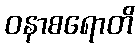
ဝနာစရောတိ